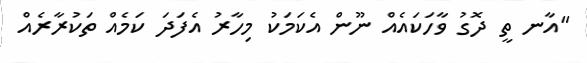
''އާނ ތީ ދޮގު ވާހަކައެއް ނޫން އެކަމަކު މިހާރު އެފަދަ ކަމެއް ތަކުރާރެއް